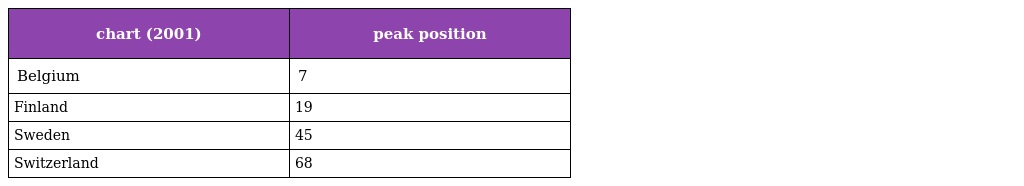
| chart (2001) | peak position |
 | --- | --- |
 | Belgium | 7 |
 | Finland | 19 |
 | Sweden | 45 |
 | Switzerland | 68 |